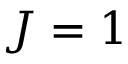
J = 1